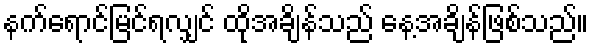
နက်ရောင်မြင်ရလျှင် ထိုအချိန်သည် နေ့အချိန်ဖြစ်သည်။